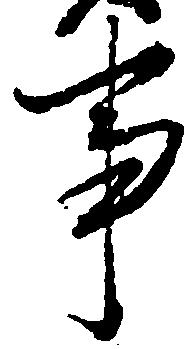
事